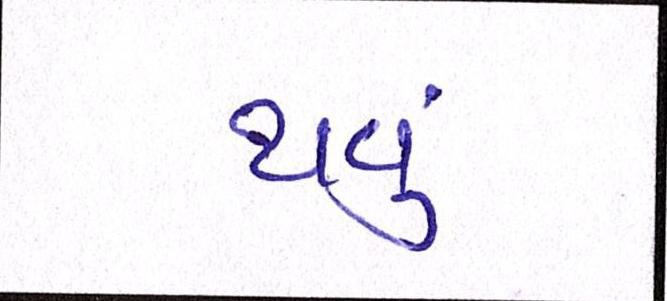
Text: થવું